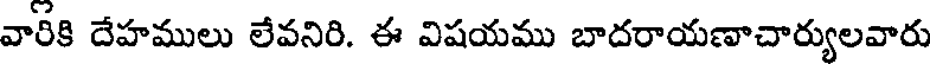
వారికి దేహములు లేవనిరి. ఈ విషయము బాదరాయణాచార్యులవారు